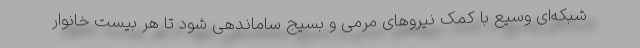
شبکه‌ای وسیع با کمک نیروهای مرمی و بسیج ساماندهی شود تا هر بیست خانوار